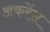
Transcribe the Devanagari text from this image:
अकरेंस